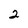
Character: 2